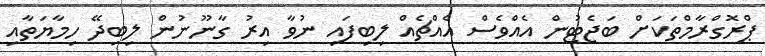
ޕްރޮގްރާމްތަކަށް ބަޖެޓުން އެއްވެސް އެއްޗެއް ލިބިފައި ނުވާ އިރު ގާނޫނުން ލިބިދޭ ހިމާޔަތާއި